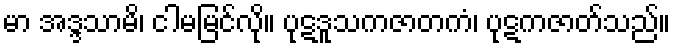
မာ အဒ္ဒသာမိ၊ ငါမမြင်လို။ ပုဋဒူသကဇာတကံ၊ ပုဋကဇာတ်သည်။